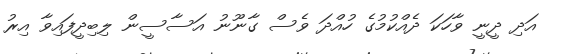
އަދި ދީނީ ވާހަކަ ދެއްކުމުގެ ހުއްދަ ވެސް ގާނޫނު އަސާސީން ލިބިދީފައިވާ އިރު